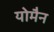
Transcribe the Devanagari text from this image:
योमैन